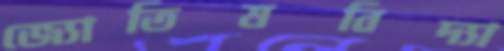
জ্যোতিষবিদ্যা